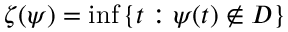
\zeta ( \psi ) = \operatorname* { i n f } \left\{ t : \psi ( t ) \notin D \right\}